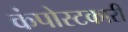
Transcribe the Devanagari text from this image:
कंपोस्टकारी